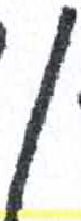
אות: ן